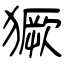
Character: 獗